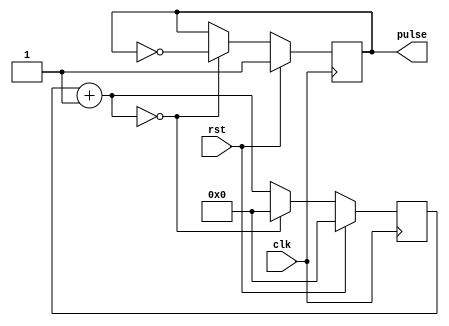
//varilabe clk generate
//INPUTclk_var 
//OUTPUT clk divided by (clk_var * 2) = pulse  

module var_clk_div(rst, clk, pulse);  
input wire rst, clk; 
output wire pulse; 

reg [31:0] r_reg; 
wire [31:0] r_nxt; 
reg clk_track; 
parameter clk_var = 0; 

assign r_nxt = r_reg+1;   	      
assign pulse = clk_track; 
 
always @(posedge clk)
begin
  if (rst)
     begin
        r_reg <= 0;
	    clk_track <= 1'b1; 
     end
 
  else if (r_nxt == clk_var)
 	   begin
	     r_reg <= 0;
	     clk_track <= ~clk_track;
	   end
 
  else 
      r_reg <= r_nxt;
end


endmodule


///////////////////////////////////////////////////////////////////////////////
///////////////////////////////////////////////////////////////////////////////
///////////////////////////////////////////////////////////////////////////////
///////////////////////////////////////////////////////////////////////////////
///////////////////////////////////////////////////////////////////////////////

module Memory(CS, WE, CLK, ADDR, Mem_Bus);
  input CS;
  input WE;
  input CLK;
  input [6:0] ADDR;
  inout [31:0] Mem_Bus;

  reg [31:0] data_out;
  reg [31:0] RAM [0:127];


  initial
  begin
    /* Write your Verilog-Text IO code here */
	//write a separate text file with MIPS machine code in hexidecimal
	$readmemb("C:/Users/Anne/Documents/GitHub/EE460M_lab7/all_instructions_test.txt", RAM, 0, 24);
  end

  assign Mem_Bus = ((CS == 1'b0) || (WE == 1'b1)) ? 32'bZ : data_out;

  always @(negedge CLK)
  begin

    if((CS == 1'b1) && (WE == 1'b1))
      RAM[ADDR] <= Mem_Bus[31:0];

    data_out <= RAM[ADDR];
  end
endmodule

///////////////////////////////////////////////////////////////////////////////
///////////////////////////////////////////////////////////////////////////////
///////////////////////////////////////////////////////////////////////////////
///////////////////////////////////////////////////////////////////////////////
///////////////////////////////////////////////////////////////////////////////

module REG(CLK, RegW, DR, SR1, SR2, Reg_In, switches, ReadReg1, ReadReg2, reg_2, reg_3);
  input CLK;
  input RegW;
  input [4:0] DR;
  input [4:0] SR1;
  input [4:0] SR2;
  input [31:0] Reg_In;
  input [2:0] switches; 
  output reg [31:0] ReadReg1;
  output reg [31:0] ReadReg2;
  output [31:0] reg_2, reg_3; 
  
  reg [31:0] REG [0:31];
  integer i;

  initial begin
    ReadReg1 = 0;
    ReadReg2 = 0;
  end
   
   assign reg_2 = REG[2]; 
   assign reg_3 = REG[3]; 
   
  always @(posedge CLK)
  begin

    if(RegW == 1'b1)
      REG[DR] <= Reg_In[31:0];

      ReadReg1 <= REG[SR1];
      ReadReg2 <= REG[SR2];
	  REG[1] <= {29'b0,switches}; 
  end
endmodule


///////////////////////////////////////////////////////////////////////////////
///////////////////////////////////////////////////////////////////////////////
///////////////////////////////////////////////////////////////////////////////
///////////////////////////////////////////////////////////////////////////////
///////////////////////////////////////////////////////////////////////////////

`define opcode instr[31:26]
`define sr1 instr[25:21]
`define sr2 instr[20:16]
`define f_code instr[5:0]
`define numshift instr[10:6]

module MIPS (CLK, RST, switches, CS, WE, ADDR, Mem_Bus, reg_2, reg_3);
  input CLK, RST; 
  input [2:0] switches; 
  output reg CS, WE;
  output [6:0] ADDR;
  inout [31:0] Mem_Bus;
  output wire [31:0] reg_2, reg_3; 
  
  

  //special instructions (opcode == 000000), values of F code (bits 5-0):
  parameter add = 6'b100000;//
  parameter sub = 6'b100010;//
  parameter xor1 = 6'b100110;//
  parameter and1 = 6'b100100;//
  parameter or1 = 6'b100101;//
  parameter slt = 6'b101010; //set less than
  parameter srl = 6'b000010; //shift right logical
  parameter sll = 6'b000000; //shift left logical
  parameter jr = 6'b001000; //jump register

  //non-special instructions, values of opcodes:
  parameter addi = 6'b001000;//
  parameter andi = 6'b001100;//
  parameter ori = 6'b001101;//
  parameter lw = 6'b100011; //load word
  parameter sw = 6'b101011; //store word
  parameter beq = 6'b000100; //branch equal
  parameter bne = 6'b000101; //branch not equal
  parameter j = 6'b000010; // to address
  parameter jal = 6'b000011; 

  //instruction format
  parameter R = 2'd0;
  parameter I = 2'd1;
  parameter J = 2'd2;

  //internal signals
  reg [5:0] op, opsave;
  wire [1:0] format;
  reg [31:0] instr, alu_result;
  reg [6:0] pc, npc;
  wire [31:0] imm_ext, alu_in_A, alu_in_B, reg_in, readreg1, readreg2;
  reg [31:0] alu_result_save;
  reg alu_or_mem, alu_or_mem_save, regw, writing, reg_or_imm, reg_or_imm_save;
  reg [1:0] reg_in_sel, reg_in_sel_save;
  reg fetchDorI;
  wire [4:0] dr;
  reg [2:0] state, nstate;

  //combinational
  assign imm_ext = (instr[15] == 1)? {16'hFFFF, instr[15:0]} : {16'h0000, instr[15:0]};//Sign extend immediate field
  assign dr = (format == R)? instr[15:11] : ((`opcode == 6'd3) ? 5'd31 : instr[20:16]); //Destination Register MUX (MUX1)
  assign alu_in_A = readreg1;
  assign alu_in_B = (reg_or_imm_save)? imm_ext : readreg2; //ALU MUX (MUX2)
  assign reg_in = (reg_in_sel_save[1]) ? (pc + 1) : ((reg_in_sel_save[0]) ? Mem_Bus : alu_result_save); //Data MUX
  assign format = (`opcode == 6'd0)? R : (((`opcode == 6'd2) || (`opcode == 6'd3))? J : I);
  assign Mem_Bus = (writing)? readreg2 : 32'bZZZZZZZZZZZZZZZZZZZZZZZZZZZZZZZZ;

  //drive memory bus only during writes
  assign ADDR = (fetchDorI)? pc : alu_result_save[6:0]; //ADDR Mux
  REG Register(CLK, regw, dr, `sr1, `sr2, reg_in, switches, readreg1, readreg2, reg_2, reg_3);

  initial begin
    op = and1; opsave = and1;
    state = 3'b0; nstate = 3'b0;
    reg_in_sel = 2'b0;
    regw = 0;
    fetchDorI = 0;
    writing = 0;
    reg_or_imm = 0; reg_or_imm_save = 0;
    reg_in_sel_save = 2'b0;
  end

  always @(*)
  begin
    fetchDorI = 0; CS = 0; WE = 0; regw = 0; writing = 0; alu_result = 32'd0;
    npc = pc; op = jr; reg_or_imm = 0; reg_in_sel = 2'b0; nstate = 3'd0;
    case (state)
      0: begin //fetch
		npc = pc + 7'd1; CS = 1; nstate = 3'd1;
        fetchDorI = 1;
		 
      end
      1: begin //decode
        nstate = 3'd2; reg_or_imm = 0; reg_in_sel = 2'b0;
        if (format == J) begin //jump, and finish
          npc = instr[6:0];
          nstate = 3'd0;
        end
        else if (format == R) //register instructions
          op = `f_code;
        else if (format == I) begin //immediate instructions
          reg_or_imm = 1;
          if(`opcode == lw) begin
            op = add;
            reg_in_sel = 2'b1;
          end
          else if ((`opcode == lw)||(`opcode == sw)||(`opcode == addi)) op = add;
          else if ((`opcode == beq)||(`opcode == bne)) begin
            op = sub;
            reg_or_imm = 0;
          end
          else if (`opcode == andi) op = and1;
          else if (`opcode == ori) op = or1;
		  else if(`opcode == jal) op = jal;
        end
      end
      2: begin //execute
        nstate = 3'd3;
        if (opsave == and1) alu_result = alu_in_A & alu_in_B;
        else if (opsave == or1) alu_result = alu_in_A | alu_in_B;
        else if (opsave == add) alu_result = alu_in_A + alu_in_B;
        else if (opsave == sub) alu_result = alu_in_A - alu_in_B;
        else if (opsave == srl) alu_result = alu_in_B >> `numshift;
        else if (opsave == sll) alu_result = alu_in_B << `numshift;
        else if (opsave == slt) alu_result = (alu_in_A < alu_in_B)? 32'd1 : 32'd0;
        else if (opsave == xor1) alu_result = alu_in_A ^ alu_in_B;
        if (((alu_in_A == alu_in_B)&&(`opcode == beq)) || ((alu_in_A != alu_in_B)&&(`opcode == bne))) begin
          npc = pc + imm_ext[6:0];
          nstate = 3'd0;
        end
        else if ((`opcode == bne)||(`opcode == beq)) nstate = 3'd0;
        else if (opsave == jr) begin
          npc = alu_in_A[6:0];
          nstate = 3'd0;
        end
		else if (opsave == jal) begin
			regw = 1;
			nstate = 3'd0;
		end
      end
      3: begin //prepare to write to mem
        nstate = 3'd0;
        if ((format == R)||(`opcode == addi)||(`opcode == andi)||(`opcode == ori)) regw = 1;
        else if (`opcode == sw) begin
          CS = 1;
          WE = 1;
          writing = 1;
        end
        else if (`opcode == lw) begin
          CS = 1;
          nstate = 3'd4;
        end
      end
      4: begin
        nstate = 3'd0;
        CS = 1;
        if (`opcode == lw) regw = 1;
      end
	 
	  
    endcase
  end //always

  always @(posedge CLK) begin

    if (RST) begin
      state <= 3'd0;
      pc <= 7'd0;
    end
    else begin
      state <= nstate;
      pc <= npc;
    end

    if (state == 3'd0) instr <= Mem_Bus;
    else if (state == 3'd1) begin
      opsave <= op;
      reg_or_imm_save <= reg_or_imm;
      reg_in_sel_save <= reg_in_sel;
    end
    else if (state == 3'd2) alu_result_save <= alu_result;

  end //always

endmodule